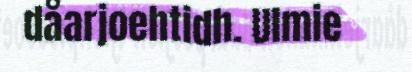
dåarjoehtidh. Ulmie